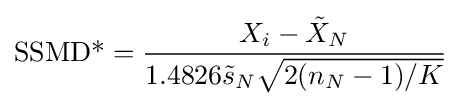
{\text{SSMD*}}={\frac {X_{i}-{\tilde {X}}_{N}}{1.4826{\tilde {s}}_{N}{\sqrt {2(n_{N}-1)/K}}}}